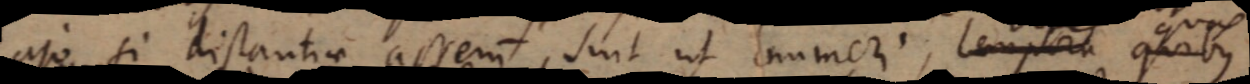
Ajo si distantiae asserum sint ut numeri tempora quibus